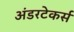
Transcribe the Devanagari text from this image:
अंडरटेकर्स